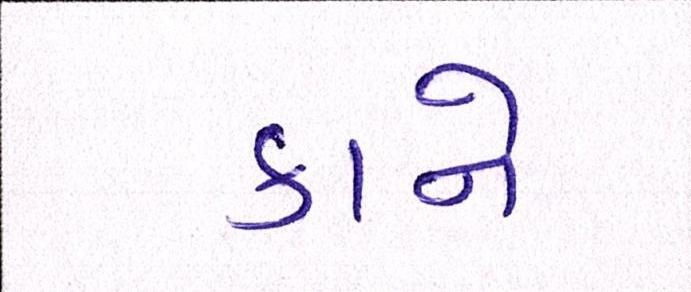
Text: કાને